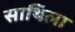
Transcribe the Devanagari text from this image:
साथिला